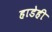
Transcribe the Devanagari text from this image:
हाडेही